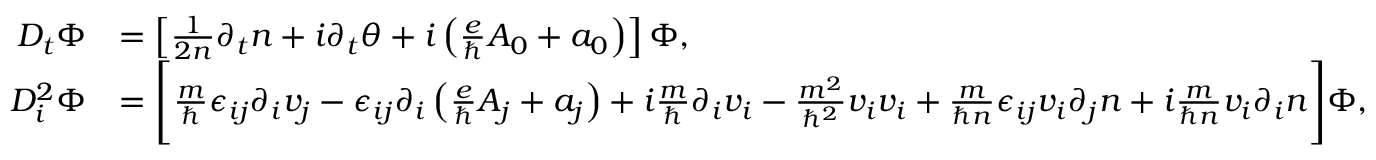
\begin{array} { r l } { D _ { t } \Phi } & { = \left[ \frac { 1 } { 2 n } \partial _ { t } n + i \partial _ { t } \theta + i \left( \frac { e } { \hbar } A _ { 0 } + a _ { 0 } \right) \right] \Phi , } \\ { D _ { i } ^ { 2 } \Phi } & { = \Bigg [ \frac { m } { \hbar } \epsilon _ { i j } \partial _ { i } v _ { j } - \epsilon _ { i j } \partial _ { i } \left( \frac { e } { \hbar } A _ { j } + a _ { j } \right) + i \frac { m } { \hbar } \partial _ { i } v _ { i } - \frac { m ^ { 2 } } { \hbar ^ { 2 } } v _ { i } v _ { i } + \frac { m } { \hbar n } \epsilon _ { i j } v _ { i } \partial _ { j } n + i \frac { m } { \hbar n } v _ { i } \partial _ { i } n \Bigg ] \Phi , } \end{array}